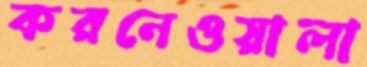
করনেওয়ালা